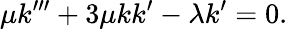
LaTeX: \mu k^{\prime\prime\prime}+3\mu kk^{\prime}-\lambda k^{\prime}=0.